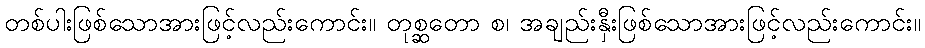
တစ်ပါးဖြစ်သောအားဖြင့်လည်းကောင်း။ တုစ္ဆတော စ၊ အချည်းနှီးဖြစ်သောအားဖြင့်လည်းကောင်း။